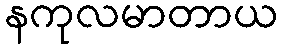
နကုလမာတာယ